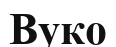
Вуко